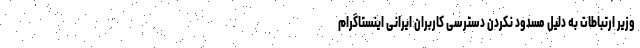
وزیر ارتباطات به دلیل مسدود نکردن دسترسی کاربران ایرانی اینستاگرام